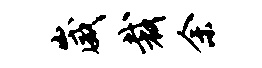
崴裁余